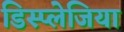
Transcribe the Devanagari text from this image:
डिस्प्लेजिया